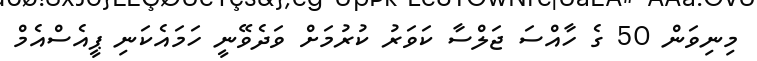
މިނިވަން 50 ގެ ހާއްސަ ޖަލްސާ ކަވަރު ކުރުމަށް ވަދެވޭނީ ހަމައެކަނި ޕީއެސްއެމް